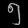
Digit: ၅